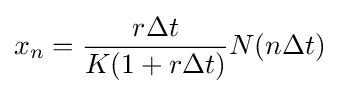
{\displaystyle x_{n}={\frac {r\Delta t}{K(1+r\Delta t)}}N(n\Delta t)}